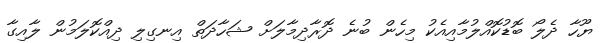
ޔޫހާ ދެލޯ ބޮޑުކޮއްލުމާއިއެކު މިހެން ބުނެ ދޮރާދިމާލަށް ޝަހާދަތް އިނގިލި ދިއްކޮލަމުން ލާއިގާ